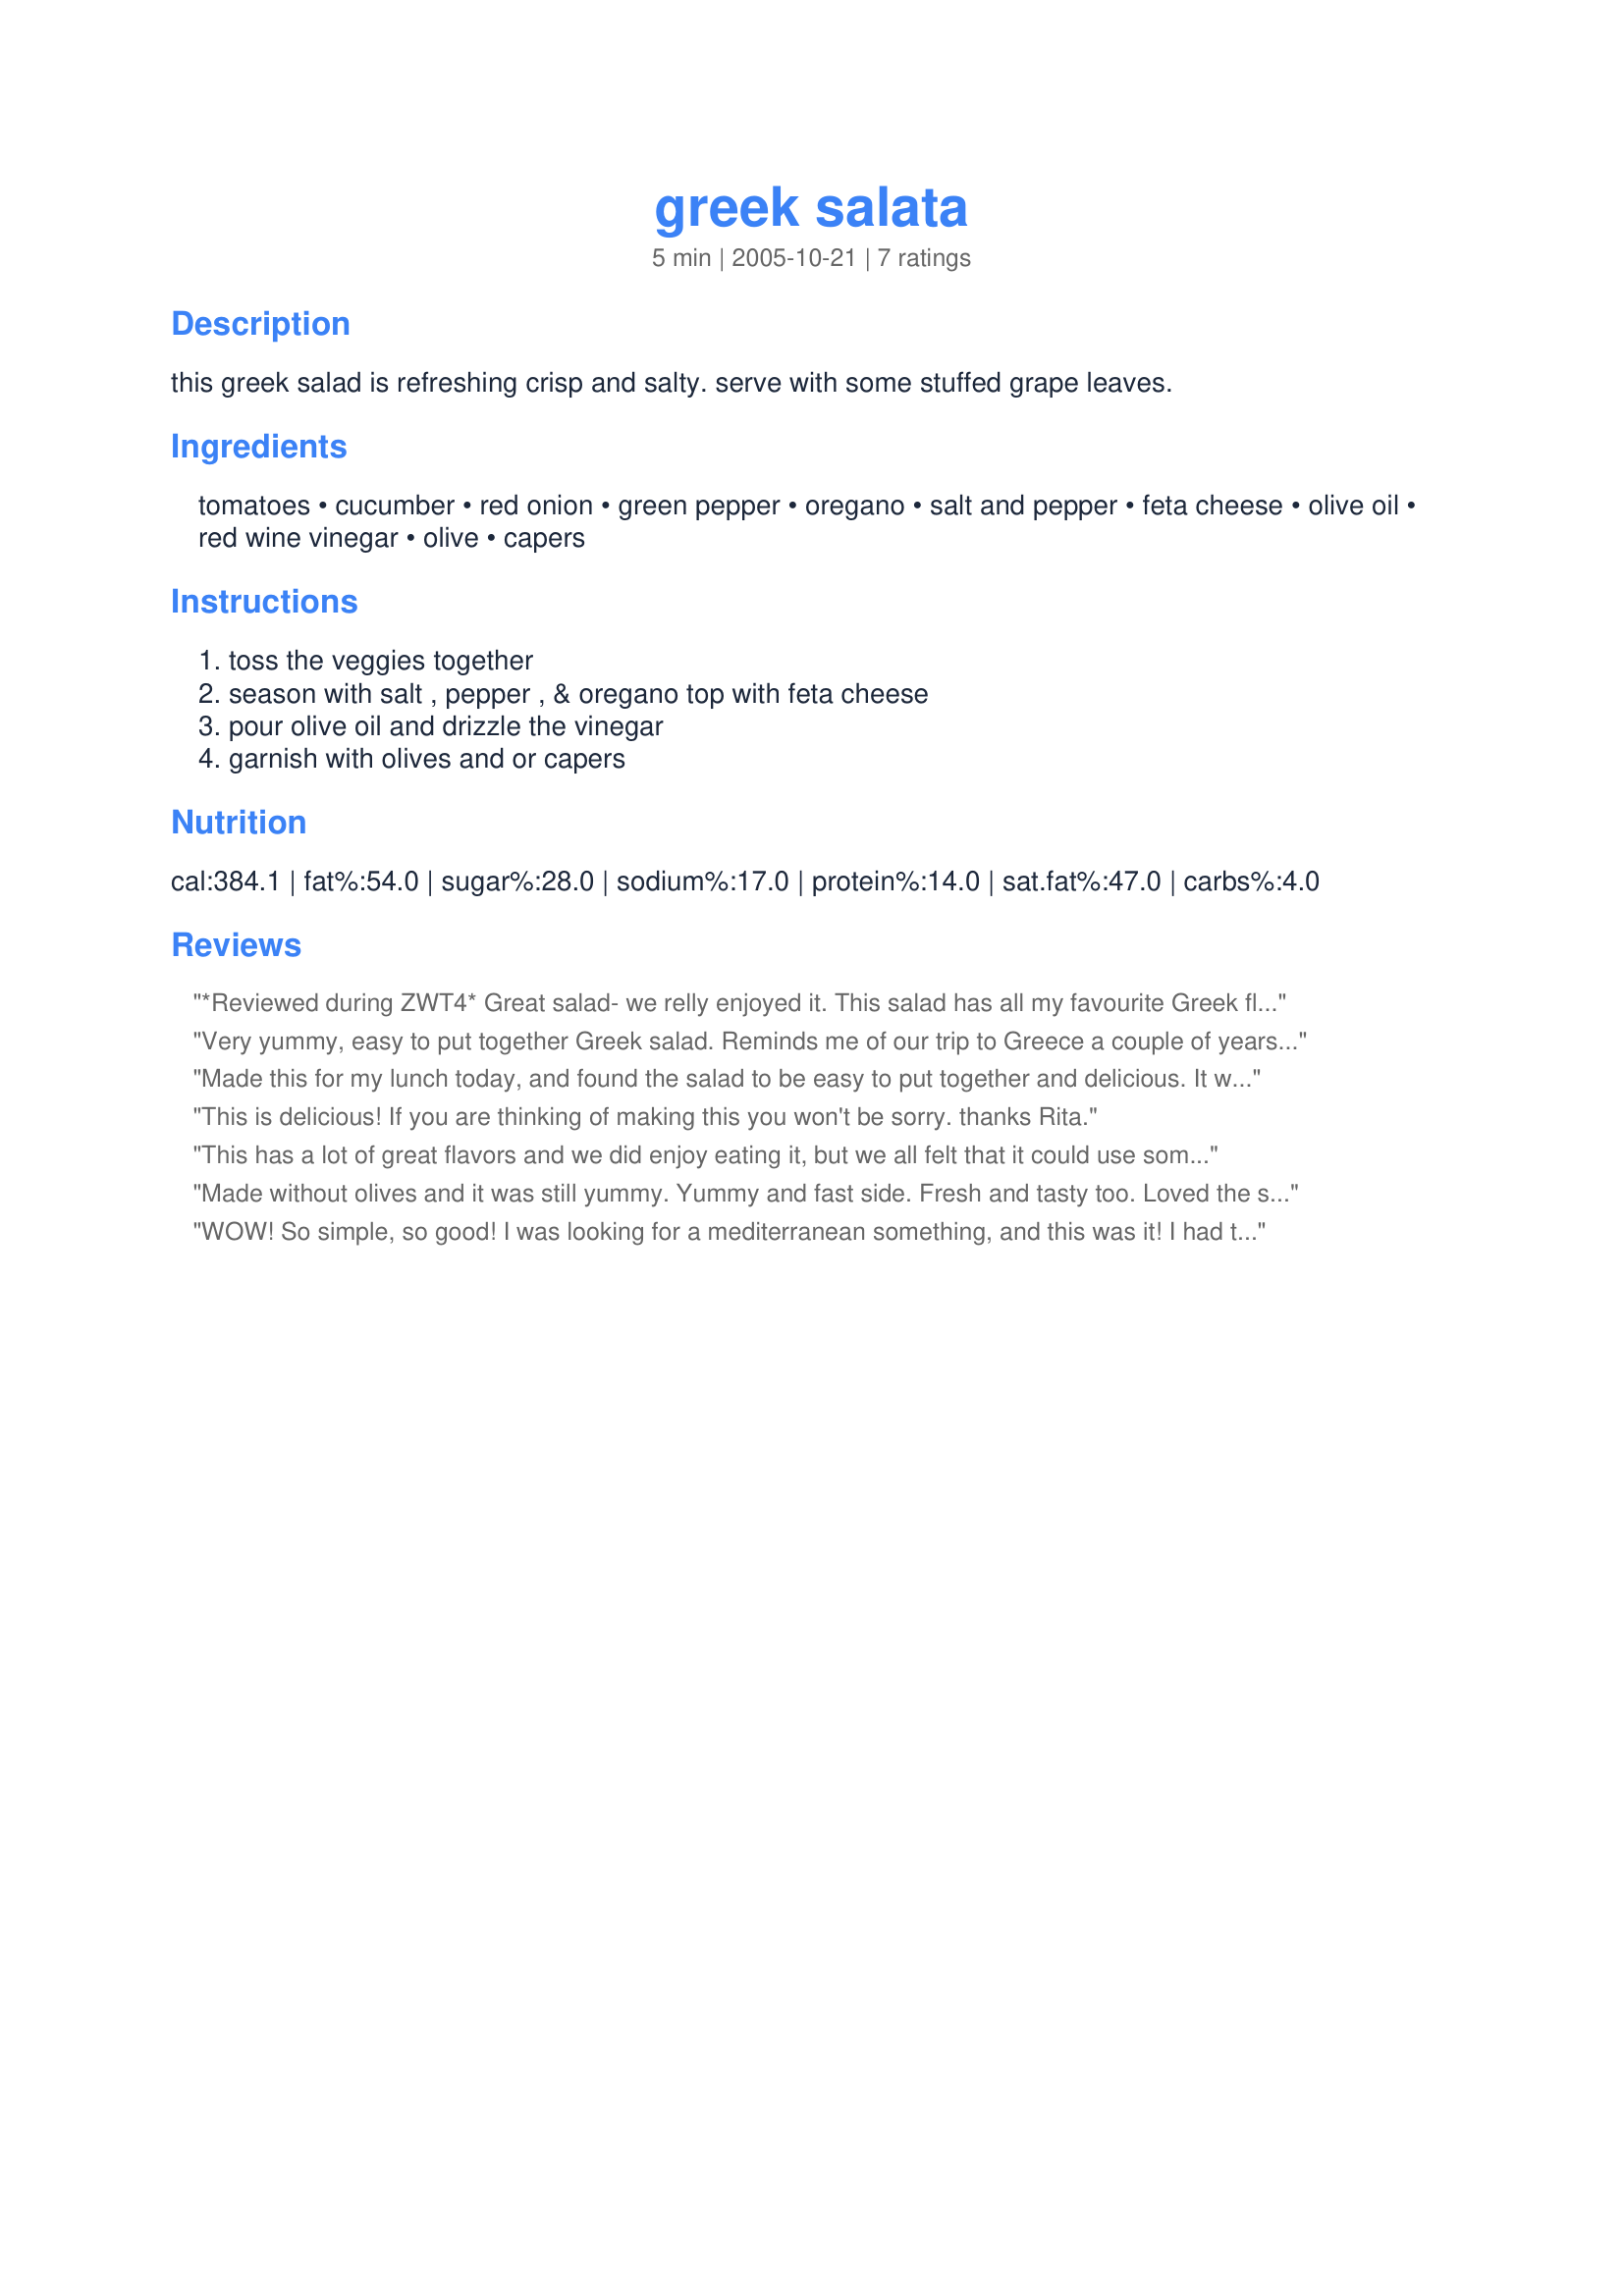
greek salata
Preparation time: 5 minutes

this greek salad is refreshing crisp and salty. serve with some stuffed grape leaves.

Ingredients:
tomatoes, cucumber, red onion, green pepper, oregano, salt and pepper, feta cheese, olive oil, red wine vinegar, olive, capers

Steps:
toss the veggies together, season with salt , pepper , & oregano top with feta cheese, pour olive oil and drizzle the vinegar, garnish with olives and or capers

Reviews:
*Reviewed during ZWT4* Great salad- we relly enjoyed it. This salad has all my favourite Greek flavours and ingredients included. I used this recipe in the Greek Table Setting Challenge. Photo also being posted.
Very yummy, easy to put together Greek salad. Reminds me of our trip to Greece a couple of years ago, where we had this salad at every lunch, pretty much! Made for ZWT4.
Made this for my lunch today, and found the salad to be easy to put together and delicious. It was a very nice way for me to stock up on my veggies! I loved using fresh Greek oregano, as right now that is the only herb in my garden growing in abundance. I used about 3 fresh sprigs, but I think next time I will use more (5-6 perhaps). I used black Kalamata olives and chopped them up for even distribution. Thanks for this tasty lunch. I will definitely make this dish again. Made for ZWT4.
This is delicious! If you are thinking of making this you won't be sorry. thanks Rita.
This has a lot of great flavors and we did enjoy eating it, but we all felt that it could use some "filler stuff" in it, to use DH's words. ME and roommie were a bit more coherent and agreed that not only were the olives NOT an option or garnish, this could really use a handful of baby spinach leaves. Then, DELICIOUS! :) Thank you for posting, this went well with the Recipe #306811. Made for ZWT4.
Made without olives and it was still yummy. Yummy and fast side. Fresh and tasty too. Loved the saltiness of the feta!
WOW! So simple, so good! I was looking for a mediterranean something, and this was it! I had two helpings with a half a glass of wine, and that was dinner. FABULOUS! Thank you for sharing! LA :-)
